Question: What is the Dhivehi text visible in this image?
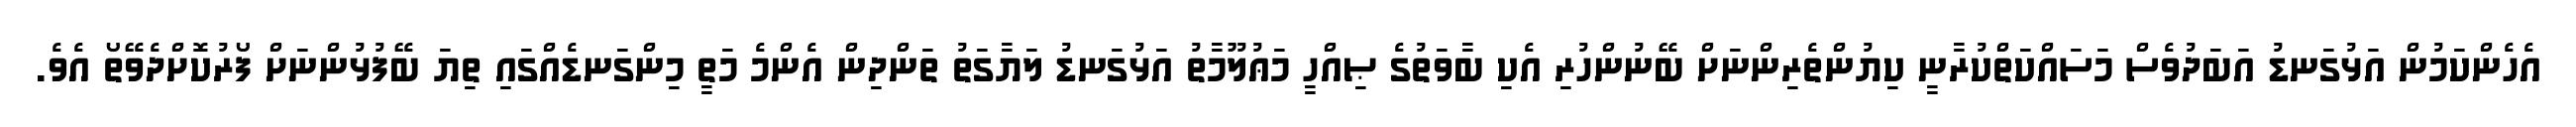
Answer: އެހެންކަމުން އަޅުގަނޑު އަބަދުވެސް މަސައްކަތްކުރާނީ ކިޔުންތެރިންނަށް ބޭނުންހުރި އެކި ބާވަތުގެ ޞިއްހީ މަޢުލޫމާތު އަޅުގަނޑު ލަޔާގަތު ތަންދިން އެންމެ މަތީ މިންގަނޑެއްގައި ތިޔަ ބޭފުޅުންނަށް ފޯރުކޮށްދެވޭތޯ އެވެ.